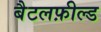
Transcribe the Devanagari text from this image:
बैटलफ़ील्ड